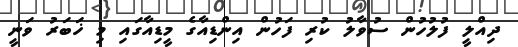
ދިއްލީ ފުލުހުން ސުވާލު ކުރި ފަހުން އިންޑިއާގެ މީޑިއާގައި މި ޚަބަރު ވަނީ